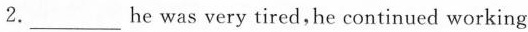
2.___he was very tired,he continued working